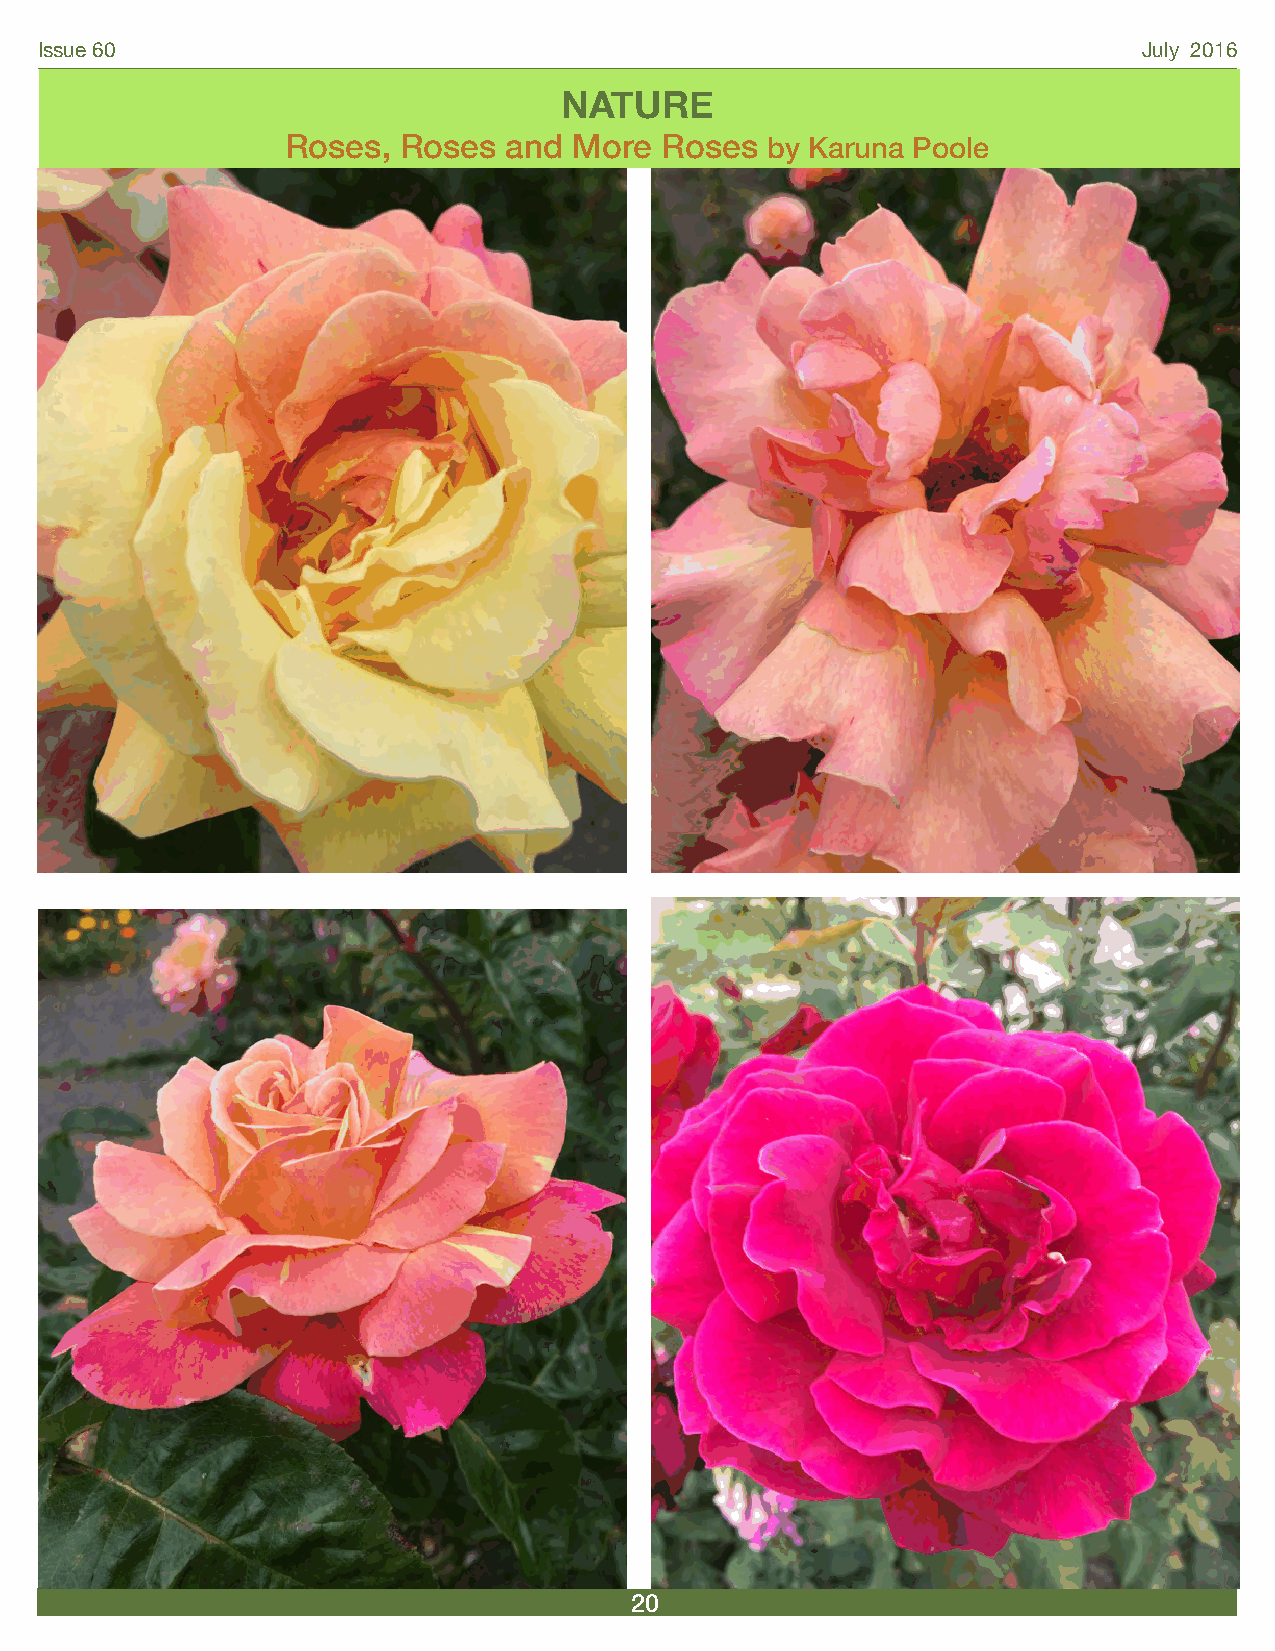
Issue 60                                                                  July 2016
 NATURE
 Roses, Roses  and  More  Roses  by Karuna Poole
 20